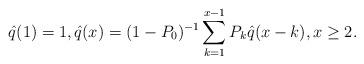
LaTeX: \begin{align*}\hat q(1)=1,\hat q(x)=(1-P_{0})^{-1}\sum _{k=1}^{x-1}P_{k}\hat q(x-k),x\ge2.\end{align*}